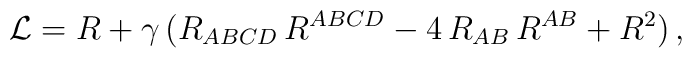
{\cal L} = R + \gamma \,( R_{A B C D} \, R^{A B C D} - 4 \, R_{A B} \, R^{A B} + R^2 ) \, ,